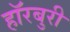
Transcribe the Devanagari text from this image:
हॉरबुरी